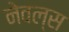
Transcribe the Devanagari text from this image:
नेवल्स